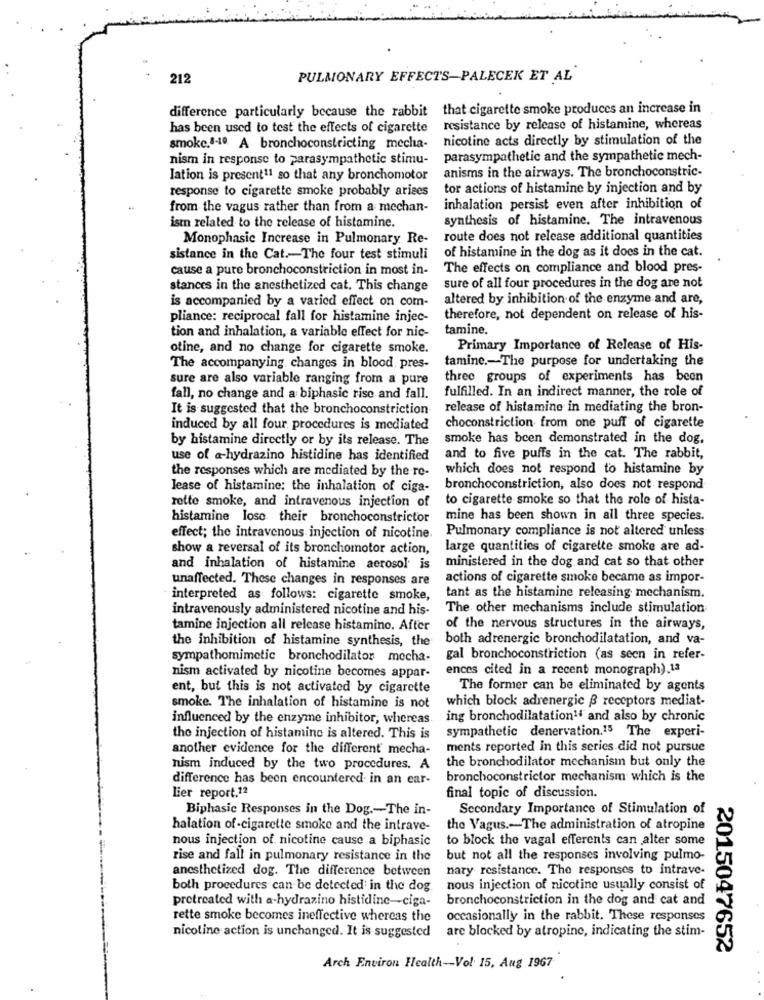
212
PULMONARY EFFECTS-PALECEK ET AL
difference particularly because the rabbit that cigarette smoke produces an increase in
has been used to test the effects of cigarette
resistance by release of histamine, whereas
nicotine acts directly by stimulation of the
smoke.4-1º. A bronchoconstricting mecha-
nism in response to parasympathetic stimu-
parasympathetic and the sympathetic mech-
anisms in the airways. The bronchoconstric-
Iation is present11 so that any bronchomotor
response to cigarette smoke probably ariees
tor actions of histamine by injection and by
..
from the vagus rather than from a mechan-
inhalation persist even after inhibition of
synthesis of histamine. The intravenous
ist related to the release of histamine.
Monophasic Increase in Pulmonary Re-
route does not release additional quantities
of histamine in the dog as it does in the cat.
sistance in the Cat .- The four test stimuli
cause a pure bronchoconstriction in most in-
The effects on compliance and blood pres-
stances in the anesthetized cat. This change
sure of all four procedures in the dog are not
is accompanied by a varied effect on com-
altered by inhibition of the enzyme and are,
pliance: reciprocal fall for histamine injec-
therefore, not dependent on release of his-
tamine.
tion and inhalation, a variable effect for nic-
otine, and no change for cigarette smoke.
Primary Importance of Release of His-
tamine .- The purpose for undertaking the
The accompanying changes in blood. pres-
sure are also variable ranging from a pure
three groups of experiments has been
fulfilled. In an indirect manner, the role of
fall, no change and a biphasic rise and fall.
It is suggested that the bronchoconstriction
release of histamine in mediating the bron-
induced by all four procedures is mediated
choconstriction from one puff of cigarette
by histamine directly or by its release. The
smoke has been demonstrated in the dog.
use of a-hydrazino histidine has identified
and to five puffs in the cat. The rabbit,
the responses which are mediated by the re-
which does not respond to histamine by
lease of histamine: the inhalation of ciga-
bronchoconstriction, also does not respond
rette smoke, and intravenous injection of
to cigarette smoke so that the role of hista-
histamine lose their bronchoconstrictor
mine has been shown in all three species.
Pulmonary compliance is not altered unless
effect; the intravenous injection of nicotine.
show a reversal of its bronchomotor action,
large quantities of cigarette smoke are ad-
ministered in the dog and cat so that other
and inhalation of histamine aerosol is
unaffected. These changes in responses are
actions of cigarette smoke became as impor-
tant as the histamine releasing mechanism.
interpreted as follows: cigarette smoke,
intravenously administered nicotine and his-
The other mechanisms include stimulation
tamine injection all release histamino. After
of the nervous structures in the airways,
the inhibition of histamine synthesis, the
both adrenergic bronchodilatation, and va-
sympathomimetic bronchodilator mecha-
gal bronchoconstriction (as seen in refer-
ences cited in a recent monograph).13
nism activated by nicotine becomes appar-
ent, but this is not activated by cigarette
The former can be eliminated by agents
which block adrenergic & receptors mediat-
smoke. The inhalation of histamine is not
influenced by the enzyme inhibitor, whereas.
ing bronchodilatation14 and also by chronic
sympathetic denervation.15 The experi-
the injection of histamine is altered. This is
another evidence for the different mecha-
ments reported in this series did not pursue
the bronchodilator mechanism but only the
nism induced by the two procedures. A
difference has been encountered in an ear-
bronchoconstrictor mechanism which is the
Lier report.12
final topic of discussion.
Biphasic Responses in the Dog .- The in-
Secondary Importance of Stimulation of
halation of -cigarette smoke and the intrave-
the Vagus .- The administration of atropine
nous injection of nicotine cause a biphasic
to block the vagal efferents can alter some
rise and fall in pulmonary resistance in the
but not all the responses involving pulmo-
anesthetized dog. The difference between
nary resistance. The responses to intrave-
both procedures can be detected in the dog.
nous injection of nicotine usually consist of
pretreated with a-hydrazino histidine-ciga-
bronchoconstriction in the dog and cat and
rette smoke becomes ineffective whereas the
occasionally in the rabbit. These responses
are blocked by atropine, indicating the stim-
nicotine action is unchanged. It is suggested
2015047652
Arch Environ Health -- Vol 15, Aug 1967